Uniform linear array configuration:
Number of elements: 4
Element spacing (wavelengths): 0.75
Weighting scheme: binomial
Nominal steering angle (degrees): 0
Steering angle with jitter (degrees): -0.6525
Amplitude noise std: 0.05
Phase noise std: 0.05

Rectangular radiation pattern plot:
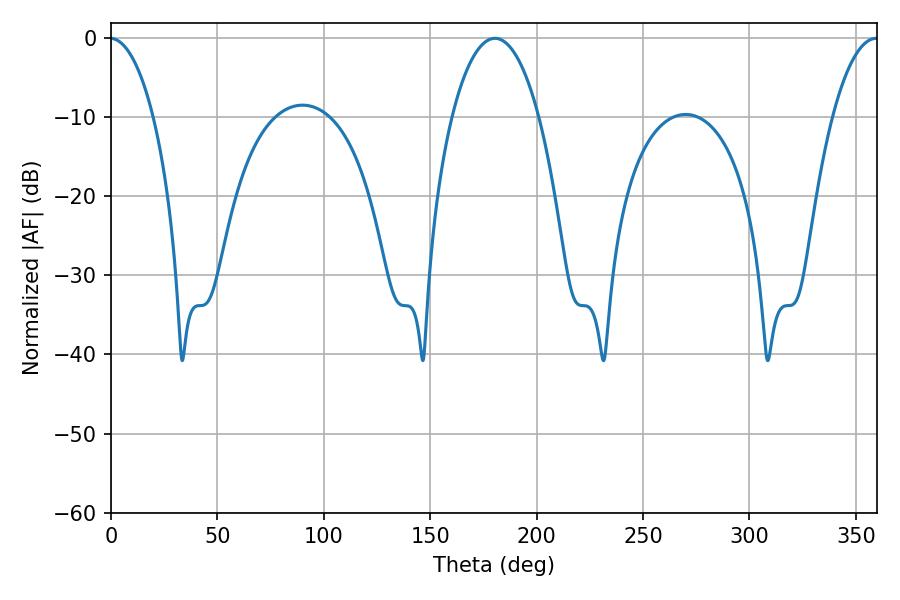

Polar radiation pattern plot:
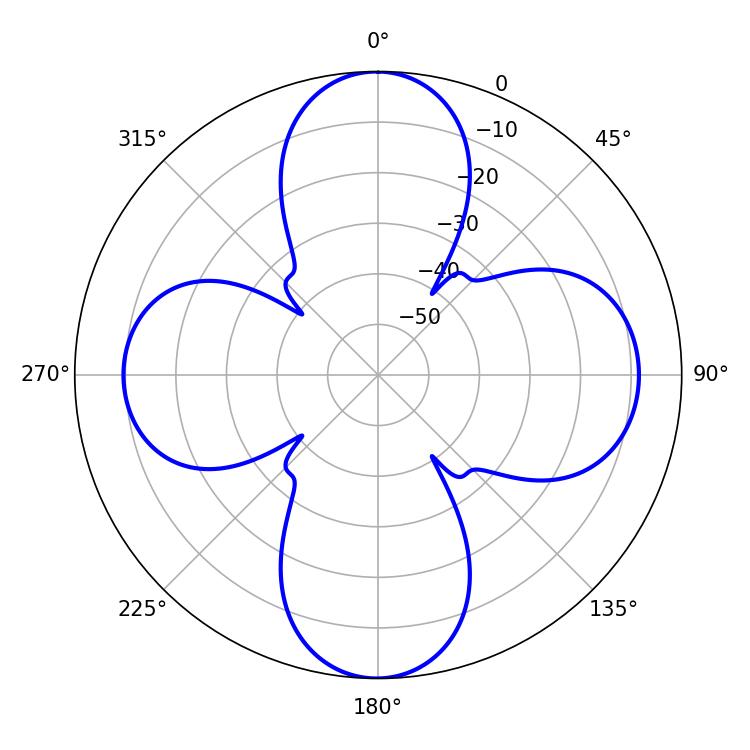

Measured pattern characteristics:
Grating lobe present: TRUE
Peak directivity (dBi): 20.56
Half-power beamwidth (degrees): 22.86
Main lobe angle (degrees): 180.36